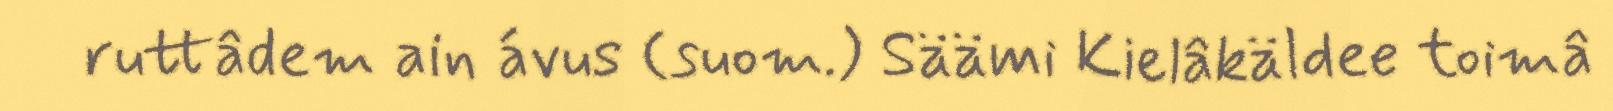
ruttâdem ain ávus (suom.) Säämi Kielâkäldee toimâ